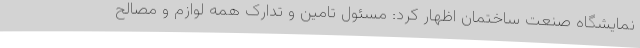
نمایشگاه صنعت ساختمان اظهار کرد: مسئول تامین و تدارک همه لوازم و مصالح